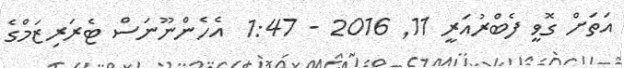
އަތަށް ގޮވީ ފެބްރުއަރީ 11